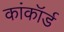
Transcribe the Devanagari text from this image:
कांकॉर्ड